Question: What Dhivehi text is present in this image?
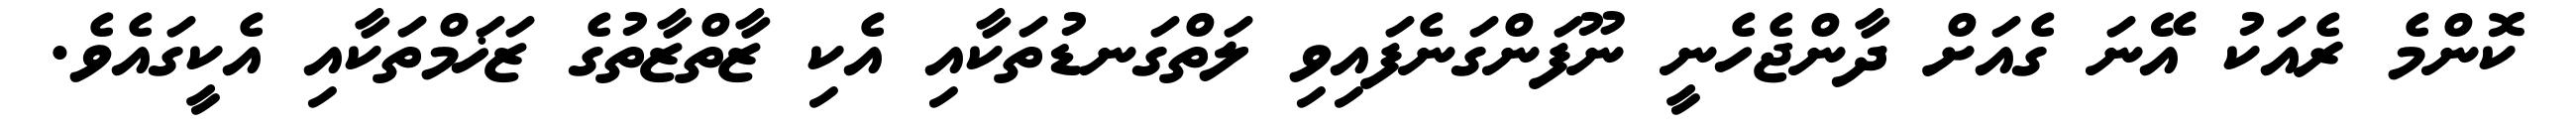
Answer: ކޮންމެ ރެއަކު އޭނަ ގެއަށް ދާންޖެހެނީ ނޫފަންގަނެފައިވި ލަތްގަނޑުތަކާއި އެކި ޒާތްޒާތުގެ ޒަޚަމްތަކާއި އެކީގައެވެ.